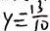
y = \frac { - 1 3 } { 1 0 }